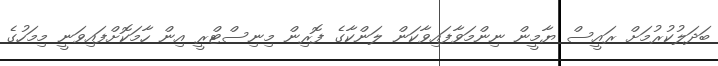
ބަދަލުކުރުމަށް ރައީސް ޔާމީން ނިންމަވާފައިވާކަން ލަންކާގެ ފޮރިން މިނިސްޓްރީ އިން ހާމަކޮށްފައިވަނީ މިމަހުގެ